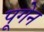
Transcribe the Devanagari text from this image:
पूगेन